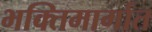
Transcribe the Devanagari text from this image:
भक्तिमार्गात